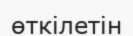
өткілетін